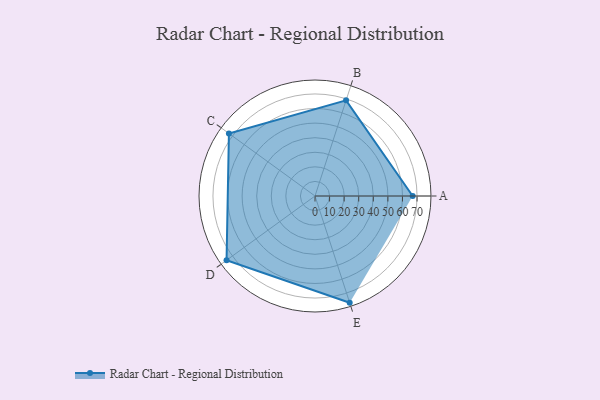
{"axis": {"x": "Skill", "y": "Score"}, "legend": ["Profile"], "data": [{"x": "A", "y": 67.0, "type": "Profile"}, {"x": "B", "y": 69.0, "type": "Profile"}, {"x": "C", "y": 73.0, "type": "Profile"}, {"x": "D", "y": 75.0, "type": "Profile"}, {"x": "E", "y": 77.0, "type": "Profile"}]}